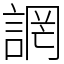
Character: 誷